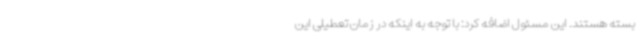
بسته هستند. این مسئول اضافه کرد: با توجه به اینکه در زمان تعطیلی این